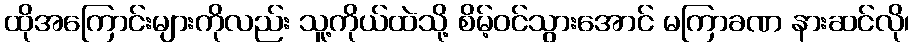
ထိုအကြောင်းများကိုလည်း သူ့ကိုယ်ထဲသို့ စိမ့်ဝင်သွားအောင် မကြာခဏ နားဆင်လို၊